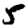
Digit: 5